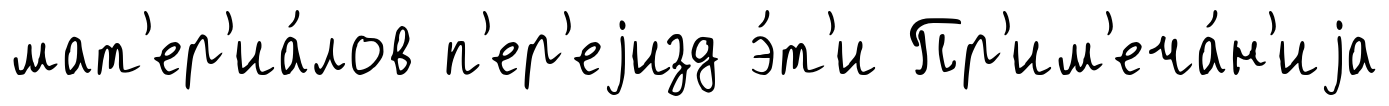
мат'ер'иа́лов п'ер'еjизд э́т'и Пр'им'еча́н'иjа